Civil Veterinary Department Bihar reports 1940-50 - 1940-1950
Year: 1940
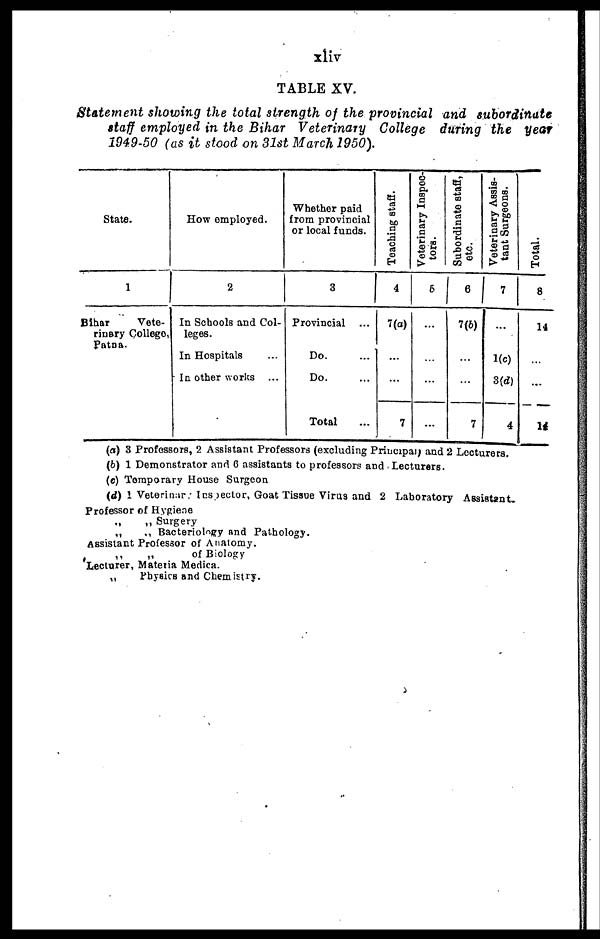
xliv
TABLE XV.
Statement showing the total strength of the provincial and subordinate
staff employed in the Bihar Veterinary College during the year
1949-50 (as it stood on 31st March 1950).
State.
1
Bihar
Vete-
rinary College,
Patna.
How employed.
2
In Schools and Col-
leges.
In Hospitals …
In other works …
Whether paid
from provincial
or local funds.
3
Provincial
Do.
Do.
Total
Teaching staff.
4
7(a)
...
…
7
Veterinary Inspec-
tors.
5
…
…
…
…
Subordinate staff,
etc.
6
7(b)
…
…
7
Veterinary Assis-
tant Surgeons.
7
…
1(c)
3(d)
4
Total.
8
14
…
...
14
(a) 3 Professors, 2 Assistant Professors (excluding Principal) and 2 Lecturers.
(b) 1 Demonstrator and 0 assistants to professors and Lecturers.
(c) Temporary House Surgeon
(d) 1 Veterinary Inspector, Goat Tissue Virus and 2 Laboratory Assistant.
Professor of Hygiene
„ „ Surgery
„ „ Bacteriology and Pathology.
Assistant Professor of Anatomy.
„ „ of Biology
Lecturer, Materia Medica.
„ Physics and Chemistry.